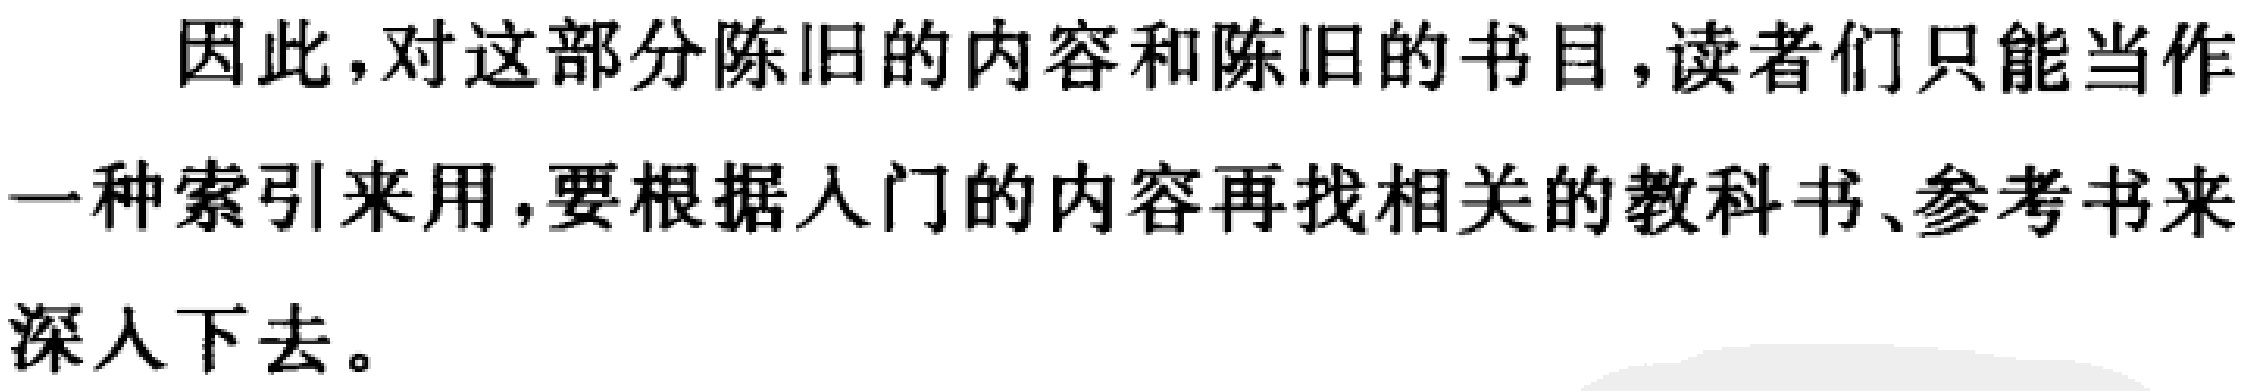
因此，对这部分陈旧的内容和陈旧的书目，读者们只能当作
一种索引来用，要根据入门的内容再找相关的教科书、参考书来
深入下去。